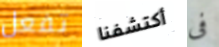
تفعل أكتشفنا فى